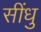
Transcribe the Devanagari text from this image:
सींधु